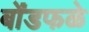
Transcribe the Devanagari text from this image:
बोंडफळे